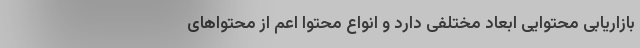
بازاریابی محتوایی ابعاد مختلفی دارد و انواع محتوا اعم از محتواهای